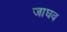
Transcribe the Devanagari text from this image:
जाघव